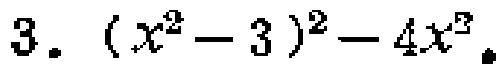
3. \((x^{2}-3)^{2}-4x^{3}\)